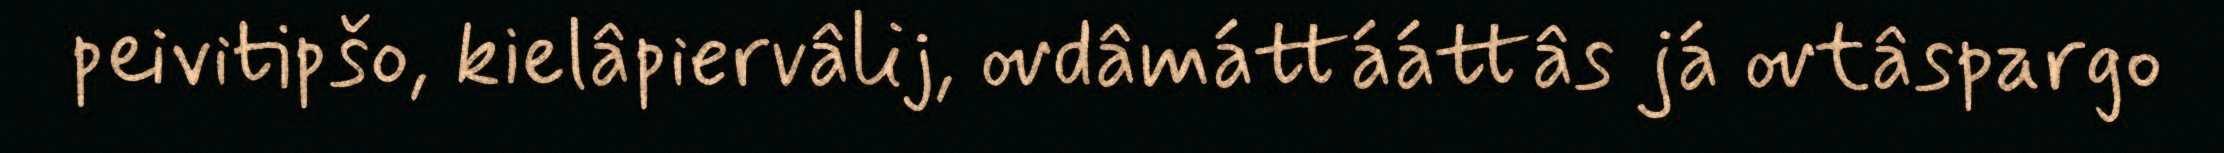
peivitipšo, kielâpiervâlij, ovdâmáttááttâs já ovtâspargo